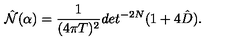
\hat { { \cal N } } ( \alpha ) = { \frac { 1 } { ( 4 \pi T ) ^ { 2 } } } d e t ^ { - 2 N } ( 1 + 4 \hat { D } ) .